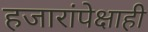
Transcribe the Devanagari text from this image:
हजारांपेक्षाही